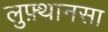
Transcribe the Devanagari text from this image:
लुफ़्थानसा